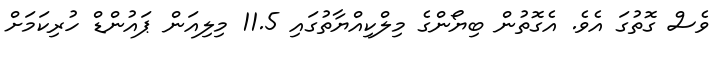
ވެސް ގޮތުގަ އެވެ. އެގޮތުން ބިޔޯންގެ މިލްކިއްޔާތުގައި 11.5 މިލިއަން ޕައުންޑް ހުރިކަމަށް